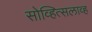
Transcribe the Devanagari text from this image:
सोव्हित्सलाव्ह